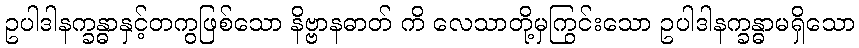
ဥပါဒါနက္ခန္ဓာနှင့်တကွဖြစ်သော နိဗ္ဗာနဓာတ် ကိ လေသာတို့မှကြွင်းသော ဥပါဒါနက္ခန္ဓာမရှိသော